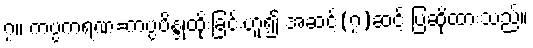
၇။ ကပ္ပကရဏ=ကပ္ပဗိန္ဒုထိုးခြင်းဟူ၍ အဆင့်(၇)ဆင့် ပြဆိုထားသည်။